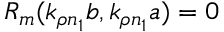
R _ { m } ( k _ { \rho n _ { 1 } } b , k _ { \rho n _ { 1 } } a ) = 0